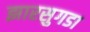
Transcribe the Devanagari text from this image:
झारसुगडा